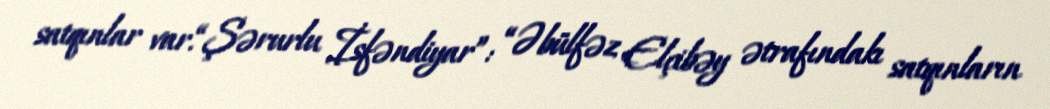
satqınlar var.“Şərurlu İsfəndiyar”: “Əbülfəz Elçibəy ətrafındakı satqınların